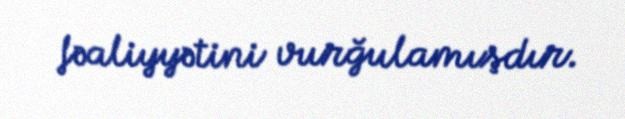
fəaliyyətini vurğulamışdır.